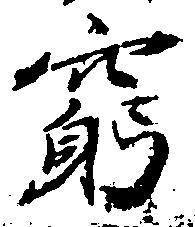
窮